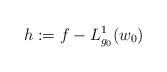
LaTeX: \begin{align*} h:=f-L_{{g_0}}^1(w_0)\end{align*}